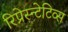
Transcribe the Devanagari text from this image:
रिप्रेस्न्टेटिव्स